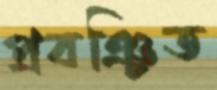
প্রবঞ্চিত